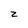
Character: z